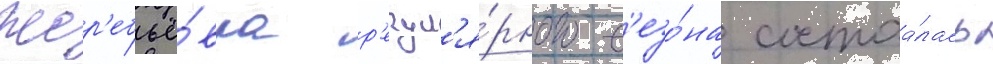
Жер'ебьё́вка р'егул'я́рного с'езо́на состоа́лась